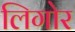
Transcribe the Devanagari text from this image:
लिगोर